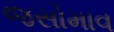
જસોમાવ